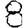
Digit: 8